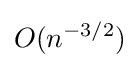
O(n^{-3/2})